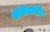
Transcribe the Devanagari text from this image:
सोनोग्राफी।